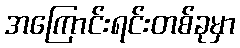
အကြောင်းရင်းတစ်ခုမှာ